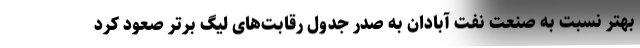
بهتر نسبت به صنعت نفت آبادان به صدر جدول رقابت‌های لیگ برتر صعود کرد